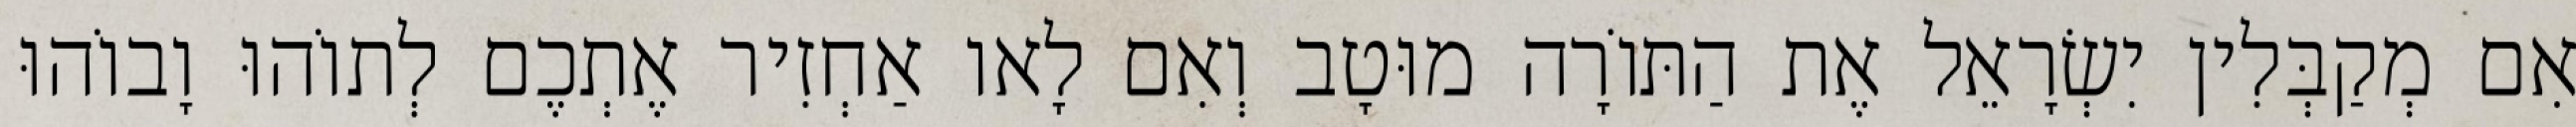
אִם מְקַבְּלִין יִשְׂרָאֵל אֶת הַתּוֹרָה מוּטָב וְאִם לָאו אַחְזִיר אֶתְכֶם לְתוֹהוּ וָבוֹהוּ